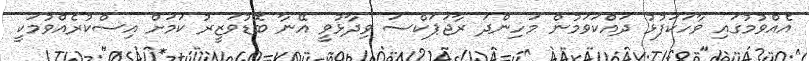
އެއްވުމުގައި ވާހަކަފުޅު ދައްކަވަމުން މަހިންދަ ރާޖަޕަކްސަ ވިދާޅުވީ އޭނާ ބޮޑުވަޒީރު ކަމަށް އިސްކުރެއްވުމަކީ